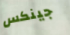
جينكس